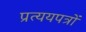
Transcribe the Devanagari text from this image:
प्रत्ययपत्रों